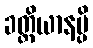
ခတ္တိယာနမ္ပိ